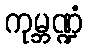
ကုမ္ဘဏ္ဍံ